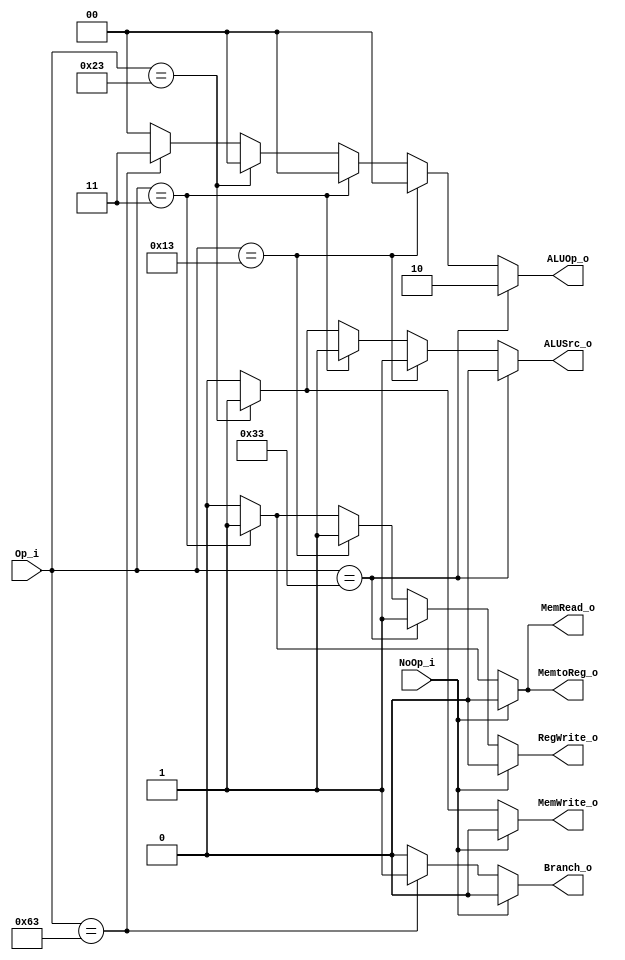
`define Rtype   7'b0110011
`define Itype   7'b0010011
`define lw  7'b0000011
`define sw  7'b0100011
`define beq 7'b1100011

module Control
(
    Op_i,
    NoOp_i,
    
    ALUOp_o,
    ALUSrc_o,
    RegWrite_o,
    MemtoReg_o,
    MemRead_o,
    MemWrite_o,
    Branch_o
);

input   [6:0]       Op_i;
input               NoOp_i;

output  [1:0]       ALUOp_o;
output              ALUSrc_o;
output              RegWrite_o;
output              MemtoReg_o;
output              MemRead_o;
output              MemWrite_o;
output              Branch_o;


assign ALUOp_o =    (Op_i == `Rtype) ? 2'b10: // R-type
                    (Op_i == `Itype) ? 2'b00: // I-type
                    (Op_i == `lw) ? 2'b00: // lw
                    (Op_i == `sw) ? 2'b00: // sw
                    (Op_i == `beq) ? 2'b11: // beq
                    2'b0;
assign ALUSrc_o =   (Op_i == `Rtype) ? 1'b0: // R-type
                    (Op_i == `Itype) ? 1'b1: // I-type
                    (Op_i == `lw) ? 1'b1: // lw
                    (Op_i == `sw) ? 1'b1: // sw
                    (Op_i == `beq) ? 1'b0: // beq
                    1'b0;

assign RegWrite_o = NoOp_i               ? 1'b0:
                    (Op_i == `Rtype) ? 1'b1: // R-type
                    (Op_i == `Itype) ? 1'b1: // I-type
                    (Op_i == `lw) ? 1'b1: // lw
                    (Op_i == `sw) ? 1'b0: // sw
                    (Op_i == `beq) ? 1'b0: // beq
                    1'b0;

assign MemtoReg_o = NoOp_i ? 1'b0 : Op_i == `lw   ? 1'b1 : 1'b0;
assign MemRead_o =  NoOp_i ? 1'b0 : Op_i == `lw   ? 1'b1 : 1'b0;
assign MemWrite_o = NoOp_i ? 1'b0 : Op_i == `sw  ? 1'b1 : 1'b0;
assign Branch_o =   NoOp_i ? 1'b0 : Op_i == `beq ? 1'b1 : 1'b0;

endmodule